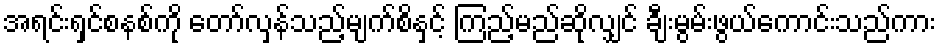
အရင်းရှင်စနစ်ကို တော်လှန်သည့်မျက်စိနှင့် ကြည့်မည်ဆိုလျှင် ချီးမွမ်းဖွယ်ကောင်းသည်ကား